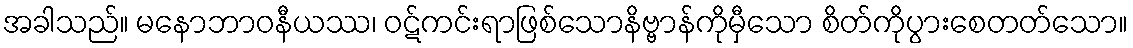
အခါသည်။ မနောဘာဝနီယဿ၊ ဝဋ်ကင်းရာဖြစ်သောနိဗ္ဗာန်ကိုမှီသော စိတ်ကိုပွားစေတတ်သော။